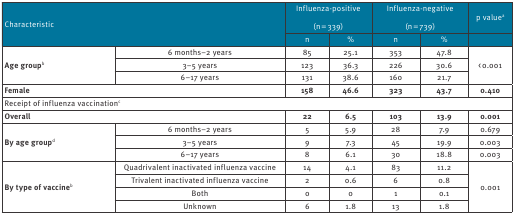
<table><thead><tr><td rowspan="2" colspan="2"><b>Characteristic</b></td><td colspan="2"><b>Influenza-positive(n = 339)</b></td><td colspan="2"><b>Influenza-negative(n = 739)</b></td><td rowspan="2"><b>p value<sup>a</sup></b></td></tr><tr><td><b>n</b></td><td><b>%</b></td><td><b>n</b></td><td><b>%</b></td></tr></thead><tbody><tr><td rowspan="3"><b>Age group</b><sup>b</sup></td><td>6 months–2 years</td><td>85</td><td>25.1</td><td>353</td><td>47.8</td><td rowspan="3">&lt; 0.001</td></tr><tr><td>3–5 years</td><td>123</td><td>36.3</td><td>226</td><td>30.6</td></tr><tr><td>6–17 years</td><td>131</td><td>38.6</td><td>160</td><td>21.7</td></tr><tr><td colspan="2"><b>Female</b></td><td>158</td><td>46.6</td><td>323</td><td>43.7</td><td>0.410</td></tr><tr><td colspan="7">Receipt of influenza vaccination<sup>c</sup></td></tr><tr><td colspan="2"><b>Overall</b></td><td>22</td><td>6.5</td><td>103</td><td>13.9</td><td>0.001</td></tr><tr><td rowspan="3"><b>By age group<sup>d</sup></b></td><td>6 months–2 years</td><td>5</td><td>5.9</td><td>28</td><td>7.9</td><td>0.679</td></tr><tr><td>3–5 years</td><td>9</td><td>7.3</td><td>45</td><td>19.9</td><td>0.003</td></tr><tr><td>6–17 years</td><td>8</td><td>6.1</td><td>30</td><td>18.8</td><td>0.003</td></tr><tr><td rowspan="4"><b>By type of vaccine</b><sup>b</sup></td><td>Quadrivalent inactivated influenza vaccine</td><td>14</td><td>4.1</td><td>83</td><td>11.2</td><td rowspan="4">0.001</td></tr><tr><td>Trivalent inactivated influenza vaccine</td><td>2</td><td>0.6</td><td>6</td><td>0.8</td></tr><tr><td>Both</td><td>0</td><td>0</td><td>1</td><td>0.1</td></tr><tr><td>Unknown</td><td>6</td><td>1.8</td><td>13</td><td>1.8</td></tr></tbody></table>